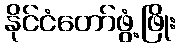
နိုင်ငံတော်ဖွံ့ဖြိုး